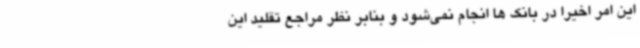
این امر اخیرا در بانک ها انجام نمی‌شود و بنابر نظر مراجع تقلید این